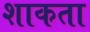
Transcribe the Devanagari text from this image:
शाकता